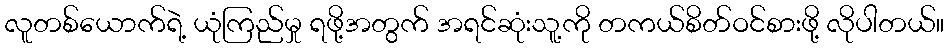
လူတစ်ယောက်ရဲ့ ယုံကြည်မှု ရဖို့အတွက် အရင်ဆုံးသူ့ကို တကယ်စိတ်ဝင်စားဖို့ လိုပါတယ်။